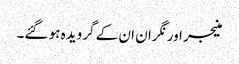
منیجر اور نگران ان کے گرویدہ ہو گئے۔